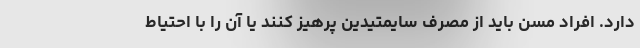
دارد. افراد مسن باید از مصرف سایمتیدین پرهیز کنند یا آن را با احتیاط